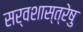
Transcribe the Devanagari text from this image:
सर्वशास्त्रेषु